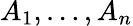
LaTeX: A_{1},\dotsc,A_{n}